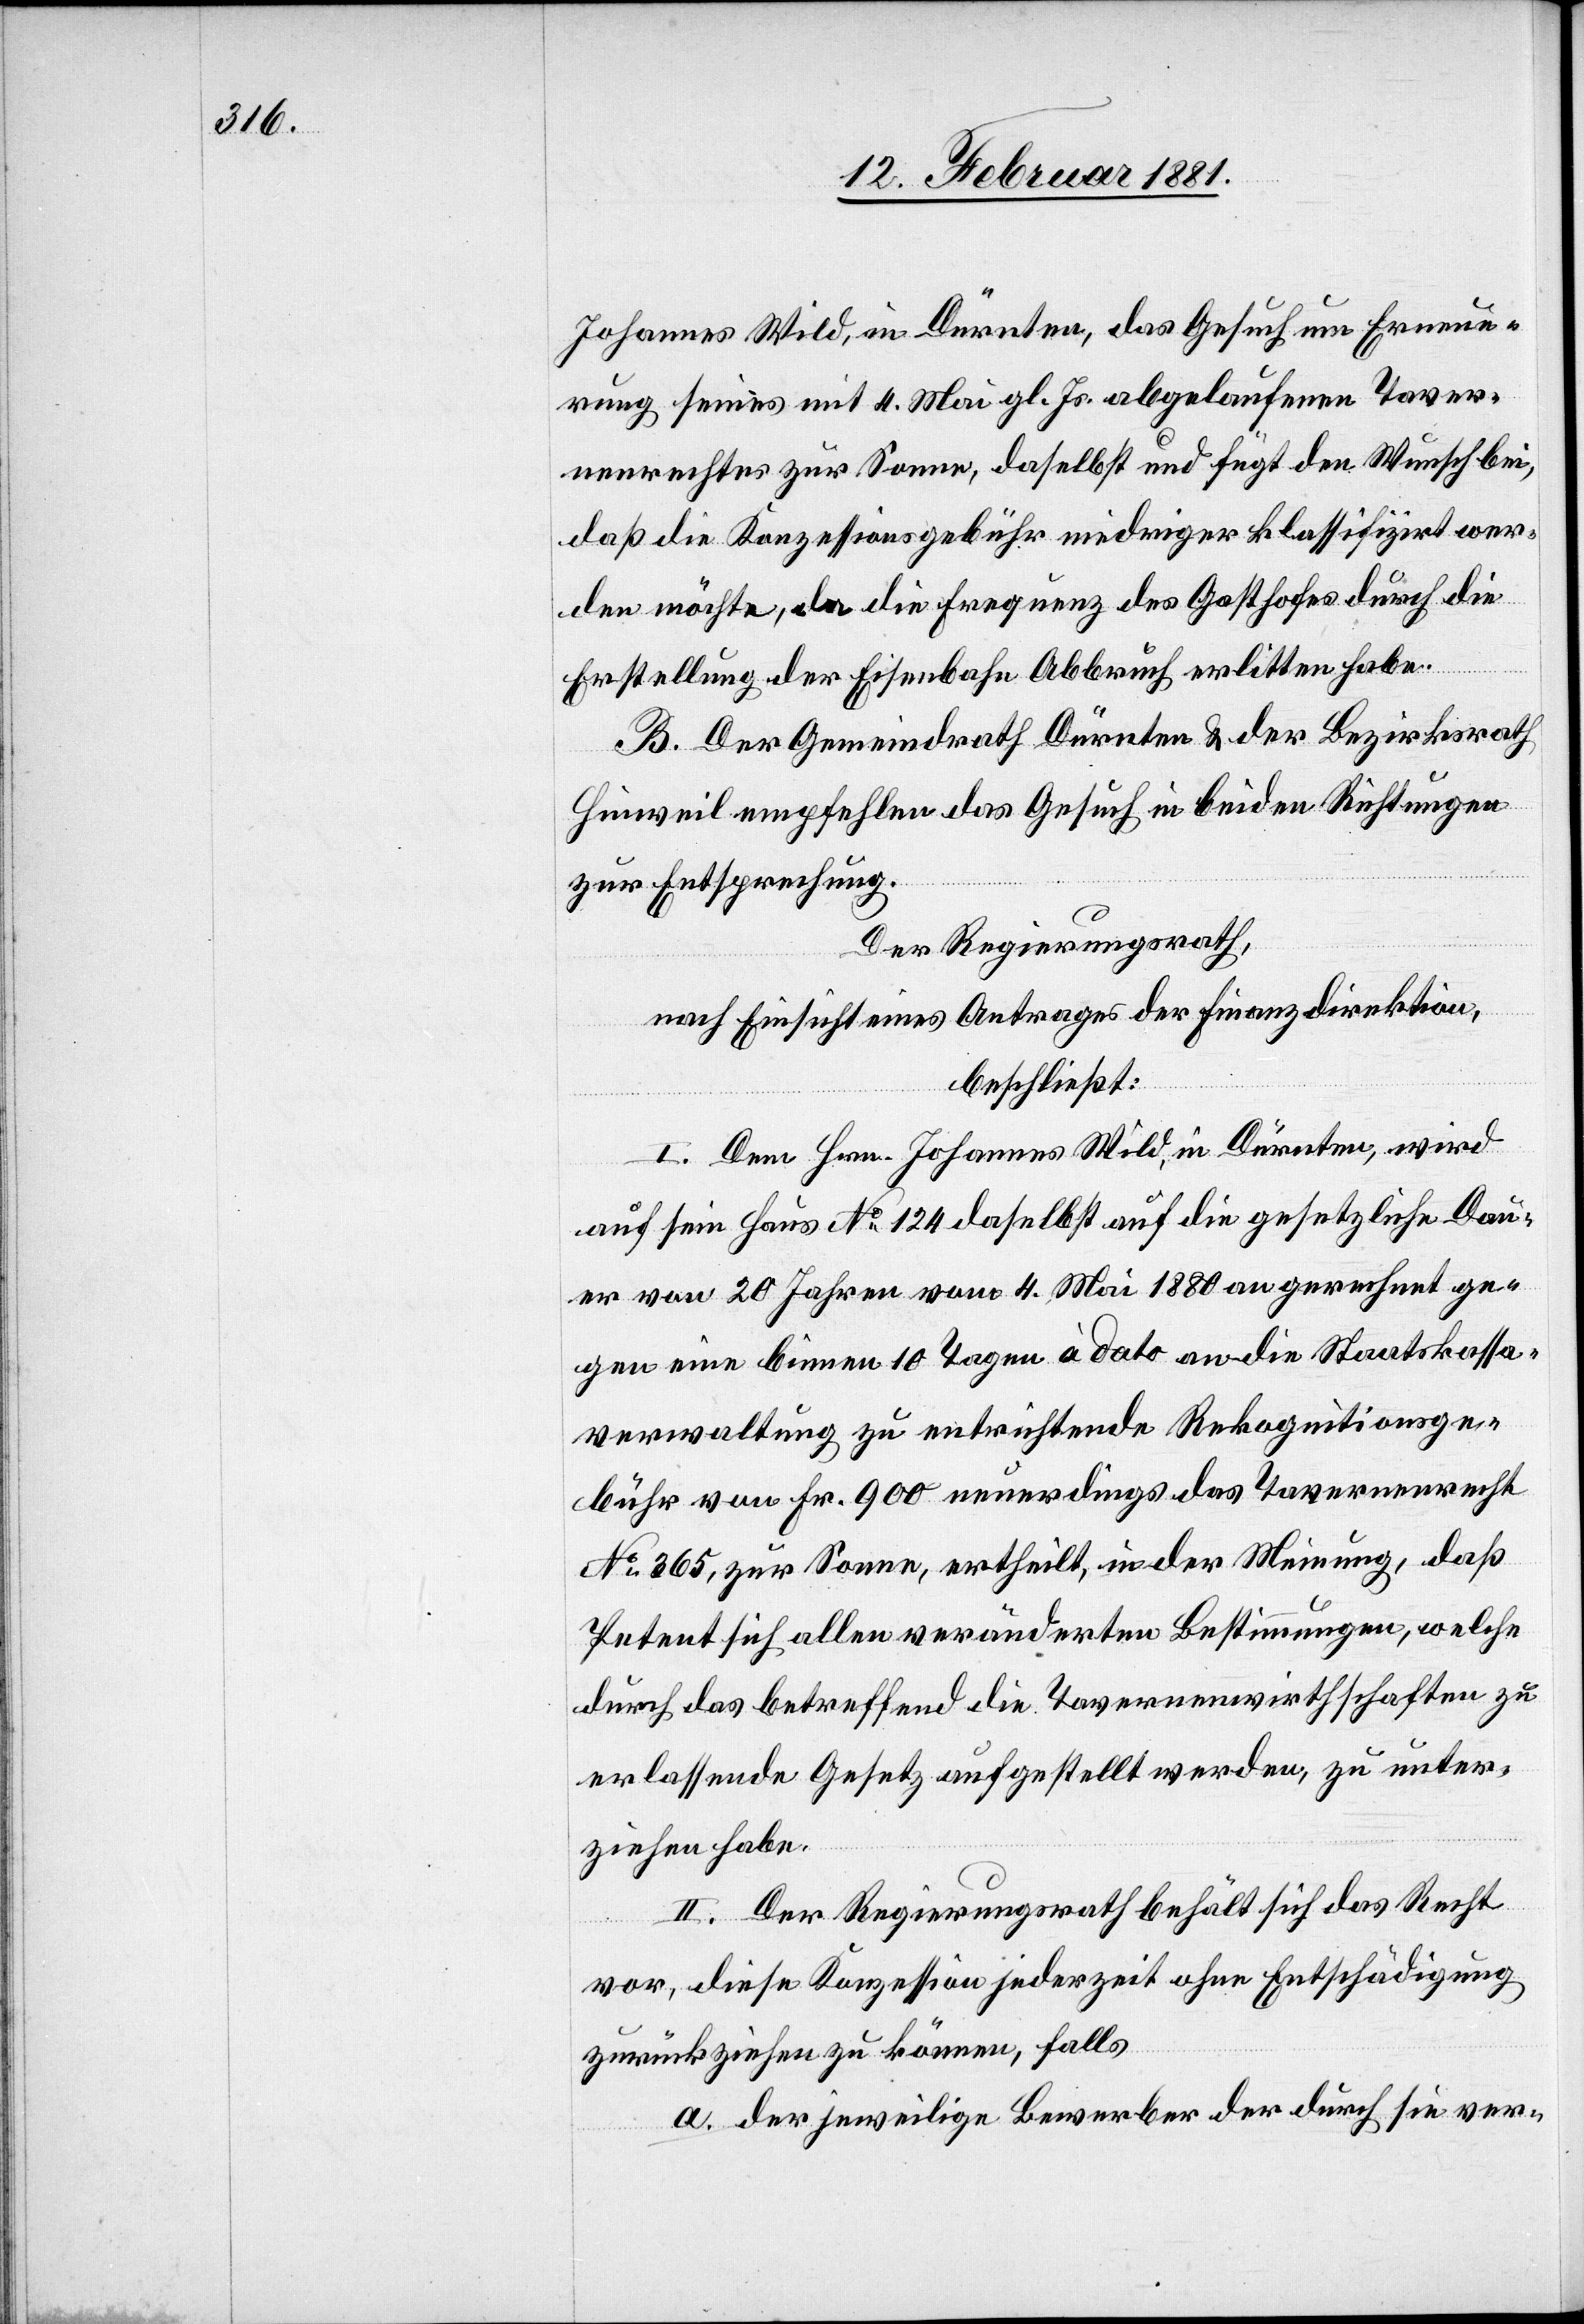
Johannes Wild, in Dürnten, das Gesuch um Erneue¬
rung seines mit 4. Mai gl. Js. abgelaufenen Taver¬
nenrechtes zur Sonne, daselbst und fügt den Wunsch bei,
daß die Konzessionsgebühr niedriger klassifizirt wer¬
den möchte, da die Frequenz des Gasthofes durch die
Erstellung der Eisenbahn Abbruch erlitten habe.
B. Der Gemeindrath Dürnten & der Bezirksrath
Hinweil empfehlen das Gesuch in beiden Richtungen
zur Entsprechung.
Der Regierungsrath,
nach Einsicht eines Antrages der Finanzdirektion,
beschließt:
I. Dem Hrn. Johannes Wild, in Dürnten, wird
auf sein Haus No 124 daselbst auf die gesetzliche Dau¬
er von 20 Jahren vom 4. Mai 1880 an gerechnet ge¬
gen eine binnen 10 Tagen à dato an die Staatskassa¬
verwaltung zu entrichtende Rekognitionsge¬
bühr von Fr. 900 neuerdings das Tavernenrecht
No 365, zur Sonne, ertheilt, in der Meinung, daß
Petent sich allen veränderten Bestimmungen, welche
durch das betreffend die Tavernenwirthschaften zu
erlassende Gesetz aufgestellt werden, zu unter¬
ziehen habe.
II. Der Regierungsrath behält sich das Recht
vor, diese Konzession jederzeit ohne Entschädigung
zurückziehen zu könne, falls
a. der jeweilige Bewerber der durch sie ver-